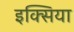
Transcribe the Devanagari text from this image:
इक्सिया